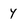
Character: y